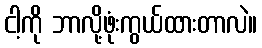
ငါ့ကို ဘာလို့ဖုံးကွယ်ထားတာလဲ။